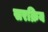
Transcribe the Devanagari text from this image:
सरक्रिय